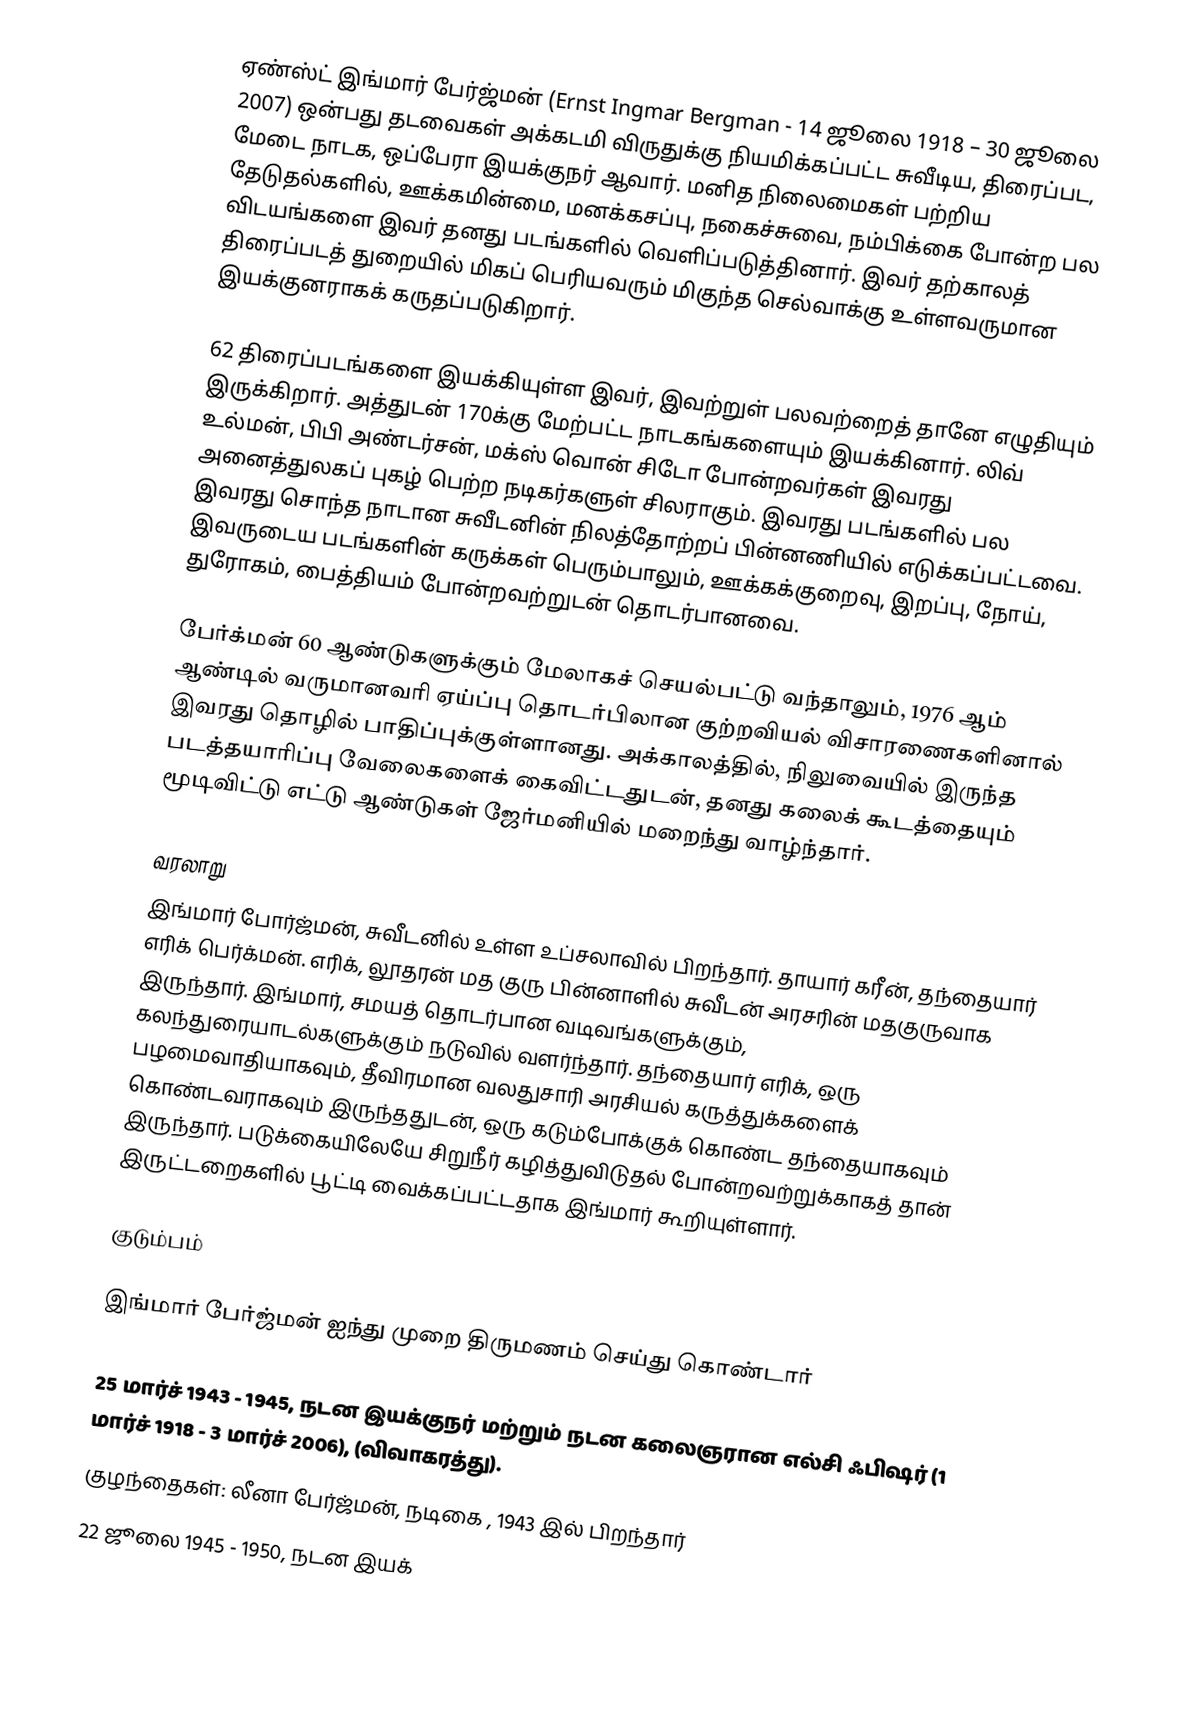
ஏண்ஸ்ட் இங்மார் பேர்ஜ்மன் (Ernst Ingmar Bergman - 14 ஜூலை 1918 – 30 ஜூலை 2007) ஒன்பது தடவைகள் அக்கடமி விருதுக்கு நியமிக்கப்பட்ட சுவீடிய, திரைப்பட, மேடை நாடக, ஒப்பேரா இயக்குநர் ஆவார். மனித நிலைமைகள் பற்றிய தேடுதல்களில், ஊக்கமின்மை, மனக்கசப்பு, நகைச்சுவை, நம்பிக்கை போன்ற பல விடயங்களை இவர் தனது படங்களில் வெளிப்படுத்தினார். இவர் தற்காலத் திரைப்படத் துறையில் மிகப் பெரியவரும் மிகுந்த செல்வாக்கு உள்ளவருமான இயக்குனராகக் கருதப்படுகிறார்.

62 திரைப்படங்களை இயக்கியுள்ள இவர், இவற்றுள் பலவற்றைத் தானே எழுதியும் இருக்கிறார். அத்துடன் 170க்கு மேற்பட்ட நாடகங்களையும் இயக்கினார். லிவ் உல்மன், பிபி அண்டர்சன், மக்ஸ் வொன் சிடோ போன்றவர்கள் இவரது அனைத்துலகப் புகழ் பெற்ற நடிகர்களுள் சிலராகும். இவரது படங்களில் பல இவரது சொந்த நாடான சுவீடனின் நிலத்தோற்றப் பின்னணியில் எடுக்கப்பட்டவை. இவருடைய படங்களின் கருக்கள் பெரும்பாலும், ஊக்கக்குறைவு, இறப்பு, நோய், துரோகம், பைத்தியம் போன்றவற்றுடன் தொடர்பானவை.

பேர்க்மன் 60 ஆண்டுகளுக்கும் மேலாகச் செயல்பட்டு வந்தாலும், 1976 ஆம் ஆண்டில் வருமானவரி ஏய்ப்பு தொடர்பிலான குற்றவியல் விசாரணைகளினால் இவரது தொழில் பாதிப்புக்குள்ளானது. அக்காலத்தில், நிலுவையில் இருந்த படத்தயாரிப்பு வேலைகளைக் கைவிட்டதுடன், தனது கலைக் கூடத்தையும் மூடிவிட்டு எட்டு ஆண்டுகள் ஜேர்மனியில் மறைந்து வாழ்ந்தார்.

வரலாறு
இங்மார் போர்ஜ்மன், சுவீடனில் உள்ள உப்சலாவில் பிறந்தார். தாயார் கரீன், தந்தையார் எரிக் பெர்க்மன். எரிக், லூதரன் மத குரு பின்னாளில் சுவீடன் அரசரின் மதகுருவாக இருந்தார். இங்மார், சமயத் தொடர்பான வடிவங்களுக்கும், கலந்துரையாடல்களுக்கும் நடுவில் வளர்ந்தார். தந்தையார் எரிக், ஒரு பழமைவாதியாகவும், தீவிரமான வலதுசாரி அரசியல் கருத்துக்களைக் கொண்டவராகவும் இருந்ததுடன், ஒரு கடும்போக்குக் கொண்ட தந்தையாகவும் இருந்தார். படுக்கையிலேயே சிறுநீர் கழித்துவிடுதல் போன்றவற்றுக்காகத் தான் இருட்டறைகளில் பூட்டி வைக்கப்பட்டதாக இங்மார் கூறியுள்ளார்.

குடும்பம்

இங்மார் பேர்ஜ்மன் ஐந்து முறை திருமணம் செய்து கொண்டார்

25 மார்ச் 1943 - 1945, நடன இயக்குநர் மற்றும் நடன கலைஞரான எல்சி ஃபிஷர் (1 மார்ச் 1918 - 3 மார்ச் 2006),  (விவாகரத்து).
குழந்தைகள்: லீனா பேர்ஜ்மன், நடிகை , 1943 இல் பிறந்தார்
22 ஜூலை 1945 - 1950, நடன இயக்